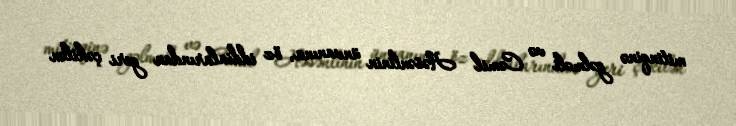
mitinqinə gəlməli və Cəmil Həsənlinin ünvanına, öz iddialarından geri çəkilən